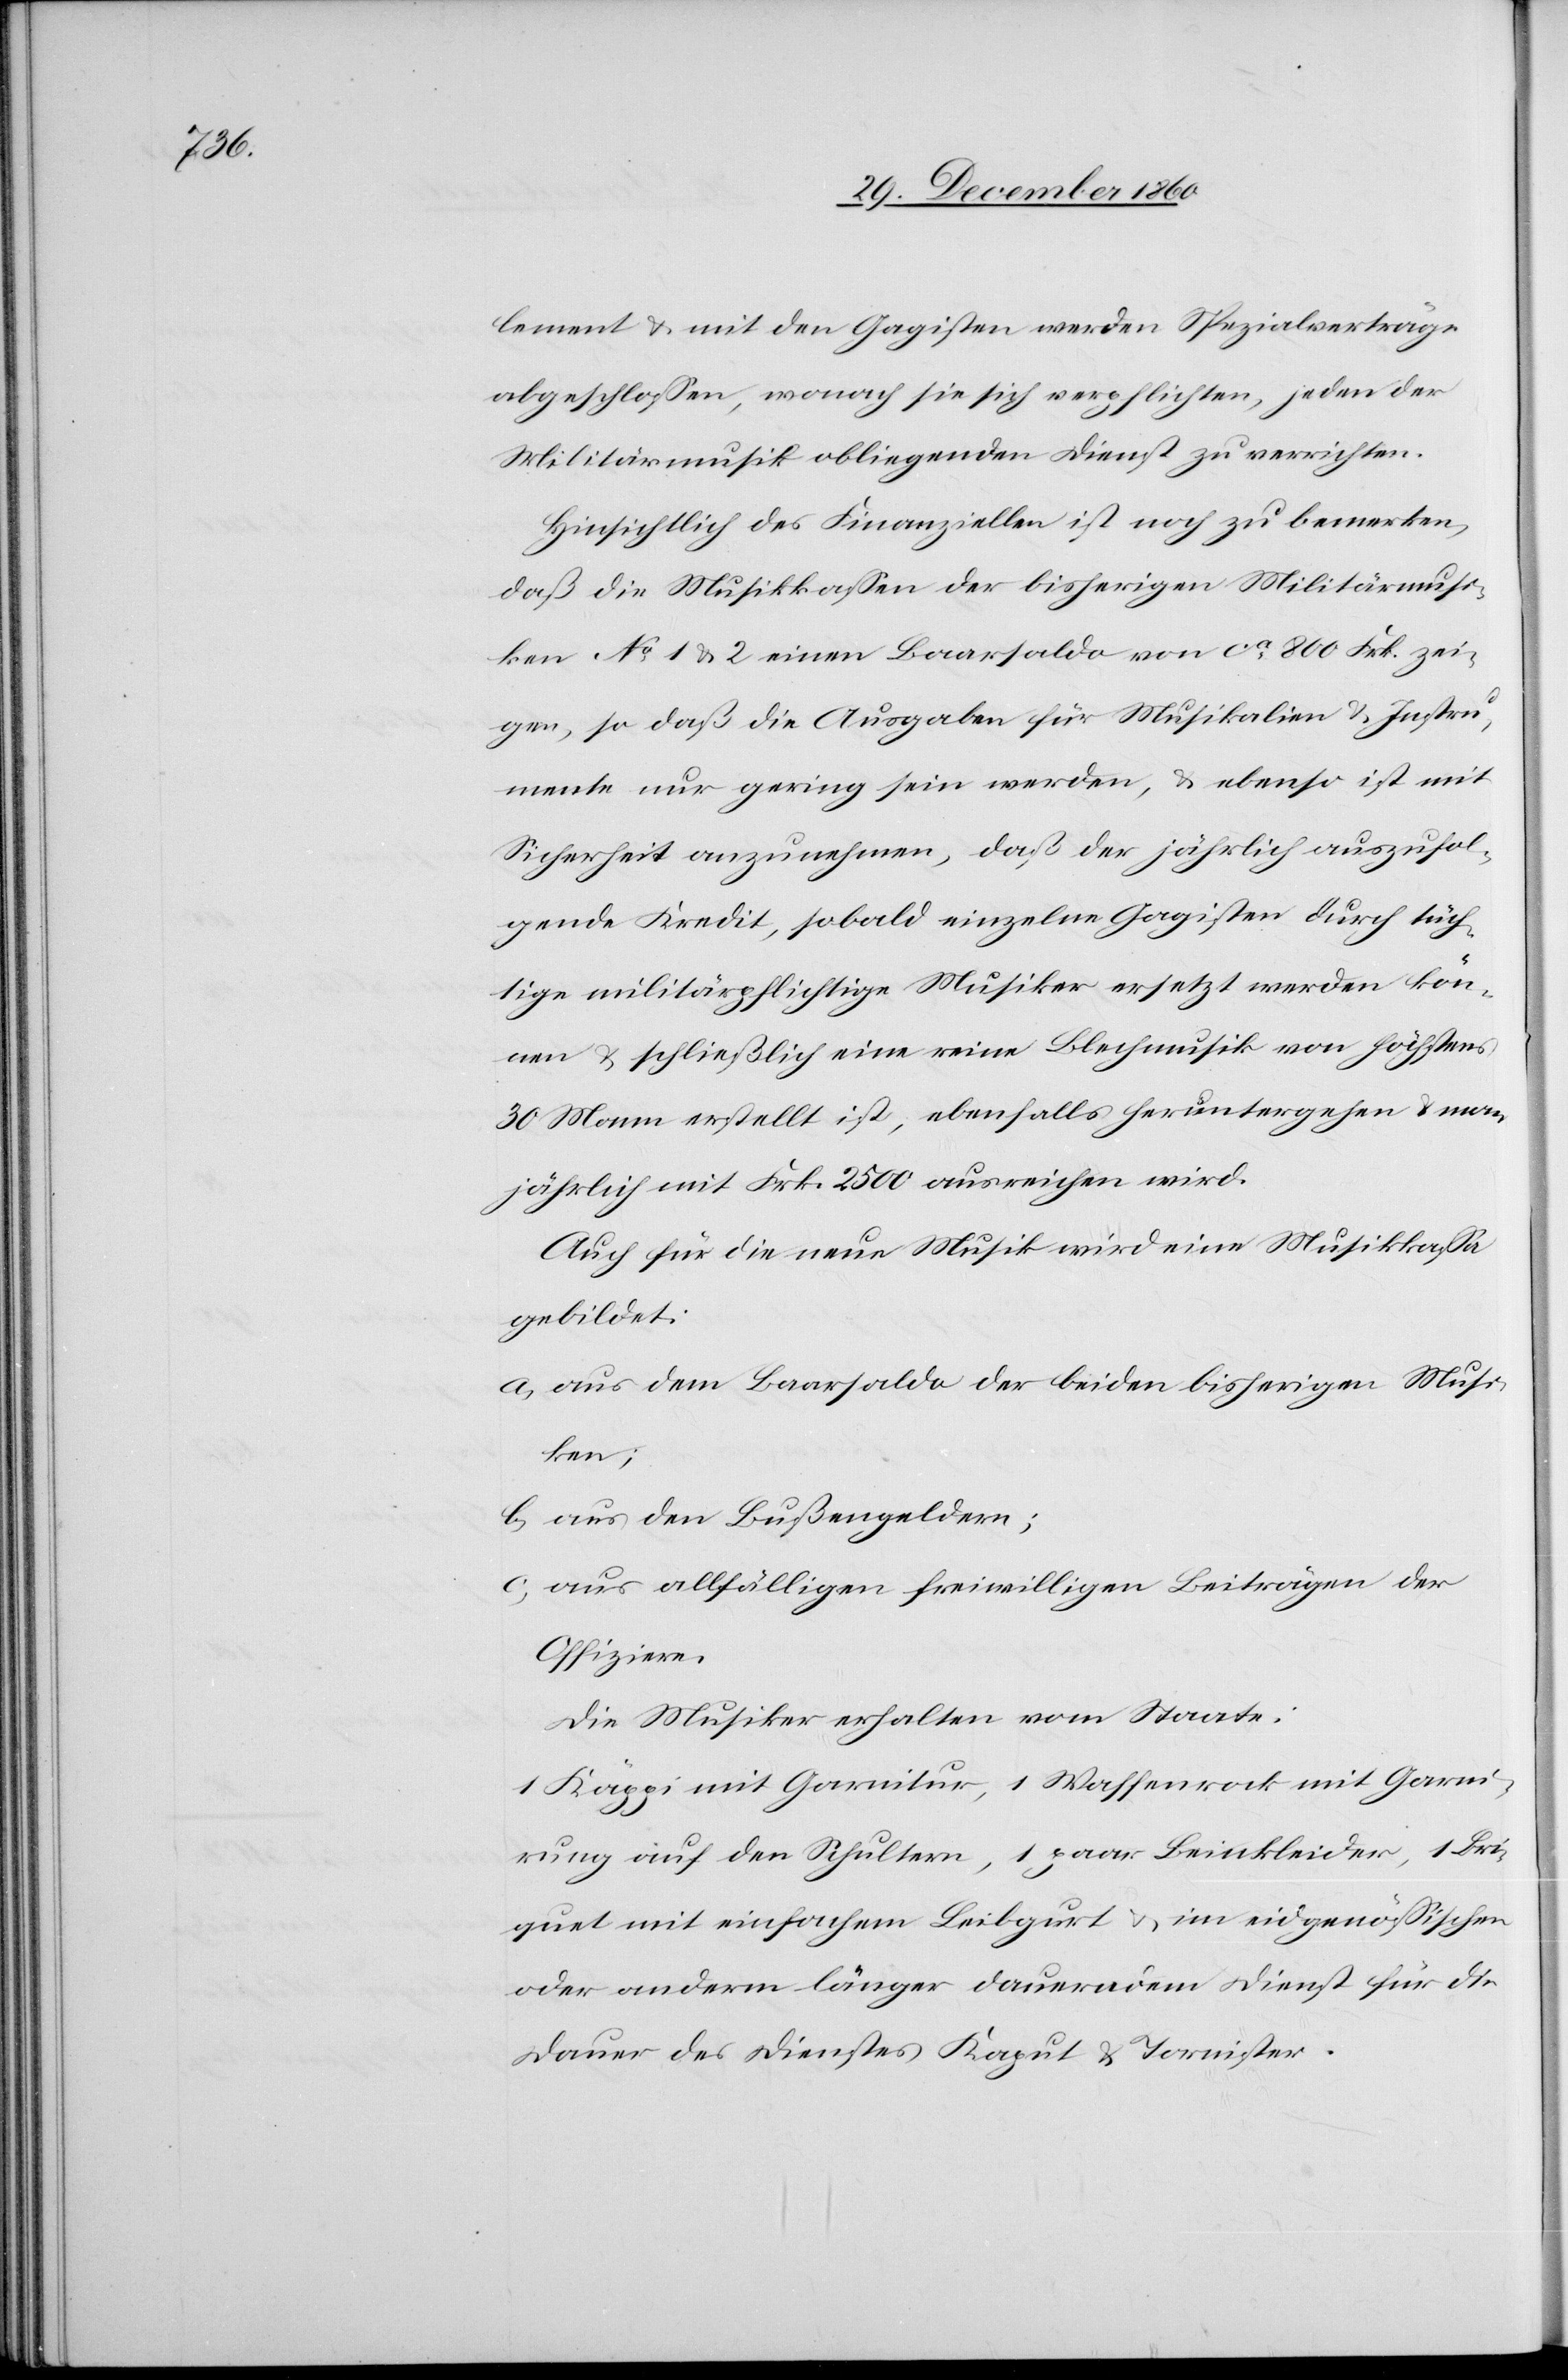
lement u. mit den Gagisten werden Spezialverträge
abgeschlossen, wonach sie sich verpflichten, jeden der
Militärmusik obliegenden Dienst zu verrichten.
Hinsichtlich des Finanziellen ist noch zu bemerken,
daß die Musikkassen der bisherigen Militärmusi¬
k No 1 u. 2 einen Baarsaldo von ca 800 Frk. zei¬
gen, so daß die Ausgaben für Musikalien u. Instru¬
mente nur gering sein werden, u. ebenso ist mit
Sicherheit anzunehmen, daß der jährlich auszufol¬
gende Kredit, sobald einzelne Gagisten durch tüch¬
tige militärpflichtige Musiker ersetzt werden kön¬
nen u. schließlich eine reine Blechmusik von höchstens
30 Mann erstellt ist, ebenfalls heruntergehen u. man
jährlich mit Frk. 2500 ausreichen wird.
Auf für die neue Musik wird eine Musikkassa
gebildet:
a) aus dem Baarsaldo der beiden bisherigen Musi¬
ken;
b) aus den Bußengeldern;
c) aus allfälligen freiwilligen Beiträgen der
Offiziere.
Die Musiker erhalten vom Staate:
1 Käppi mit Garnitur, 1 Waffenrock mit Garni¬
tur auf den Schultern, 1 paar Beinkleider, 1 Bri¬
quet mit einfachem Leibgurt u. im eidgenössischen
oder anderm länger dauerndem Dienst für die
Dauer des Dienstes Kaput u. Tornister.